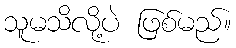
သူမသိလို့ပဲ ဖြစ်မည်။